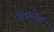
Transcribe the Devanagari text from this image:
टिकरित